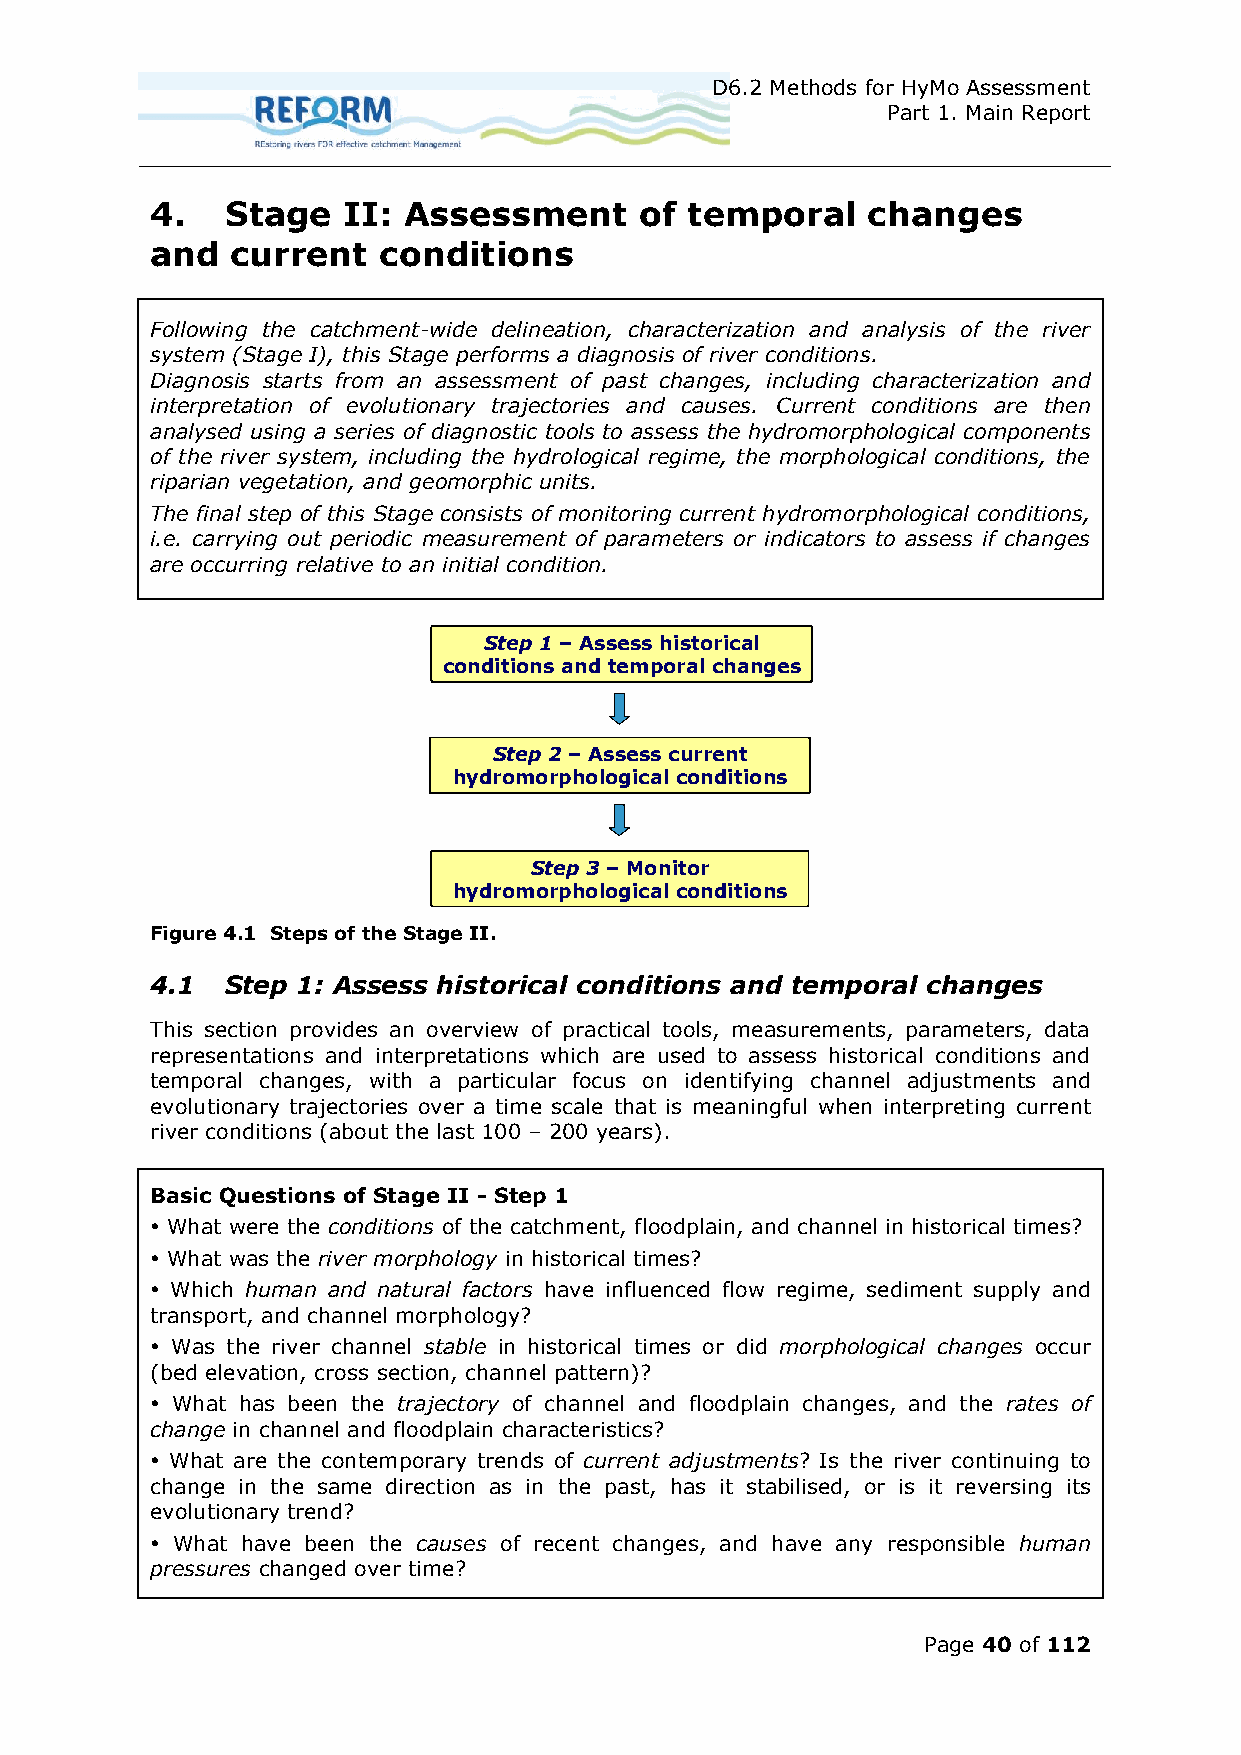
D6.2 Methods for HyMo Assessment
 Part 1. Main Report
 4.   Stage   II: Assessment     of temporal    changes
 and  current   conditions
 Following the catchment-wide delineation, characterization and analysis of the river
 system (Stage I), this Stage performs a diagnosis of river conditions.
 Diagnosis starts from an assessment of past changes, including characterization and
 interpretation of evolutionary trajectories and causes. Current conditions are then
 analysed using a series of diagnostic tools to assess the hydromorphological components
 of the river system, including the hydrological regime, the morphological conditions, the
 riparian vegetation, and geomorphic units.
 The final step of this Stage consists of monitoring current hydromorphological conditions,
 i.e. carrying out periodic measurement of parameters or indicators to assess if changes
 are occurring relative to an initial condition.
 Step 1 – Assess historical
 conditions and temporal changes
 Step 2 – Assess current
 hydromorphological conditions
 Step 3 – Monitor
 hydromorphological conditions
 Figure 4.1 Steps of the Stage II.
 4.1  Step 1: Assess historical conditions and temporal changes
 This section provides an overview of practical tools, measurements, parameters, data
 representations and interpretations which are used to assess historical conditions and
 temporal changes, with a particular focus on identifying channel adjustments and
 evolutionary trajectories over a time scale that is meaningful when interpreting current
 river conditions (about the last 100 – 200 years).
 Basic Questions of Stage II - Step 1
  What were the conditions of the catchment, floodplain, and channel in historical times?
  What was the river morphology in historical times?
  Which human and natural factors have influenced flow regime, sediment supply and
 transport, and channel morphology?
  Was the river channel stable in historical times or did morphological changes occur
 (bed elevation, cross section, channel pattern)? 
  What has been the trajectory of channel and floodplain changes, and the rates of
 change in channel and floodplain characteristics?
  What are the contemporary trends of current adjustments? Is the river continuing to
 change in the same direction as in the past, has it stabilised, or is it reversing its
 evolutionary trend?
  What have been the causes of recent changes, and have any responsible human
 pressures changed over time?
 Page 40 of 112